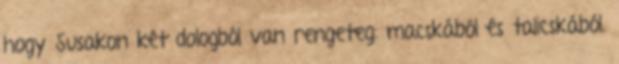
hogy Susakon két dologból van rengeteg: macskából és talicskából.